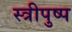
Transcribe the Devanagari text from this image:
स्त्रीपुष्प